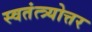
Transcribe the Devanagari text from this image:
स्वतंत्त्र्योत्तर